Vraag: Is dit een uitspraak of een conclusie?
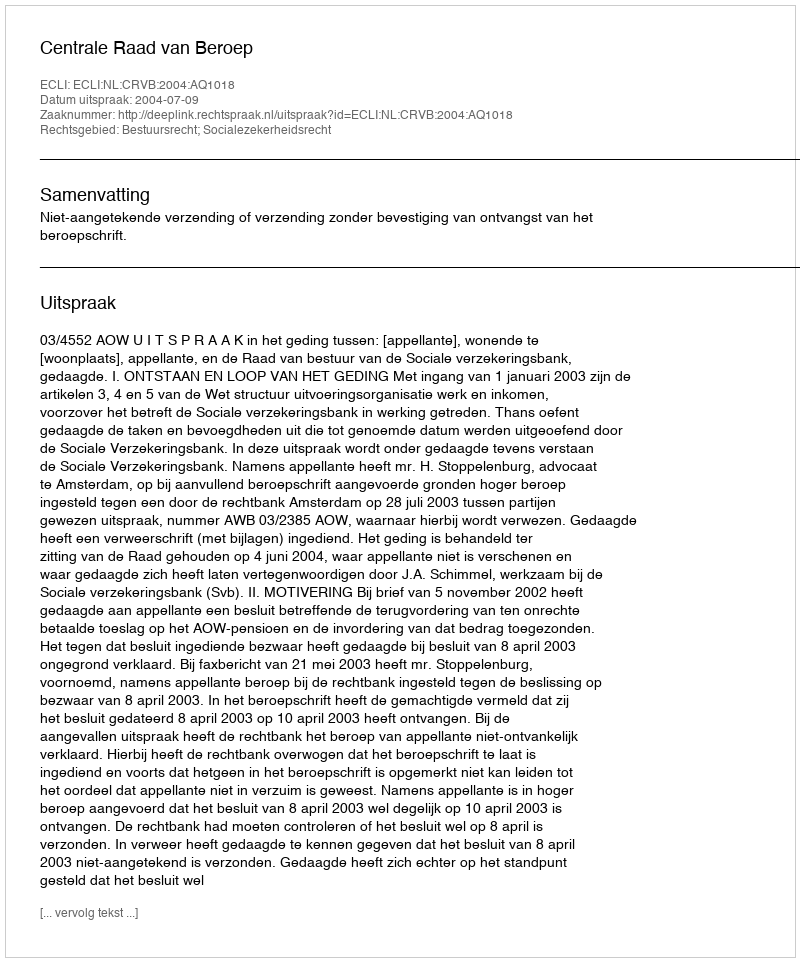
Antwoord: Uitspraak